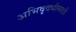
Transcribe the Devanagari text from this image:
अभिवृदधीसाठी